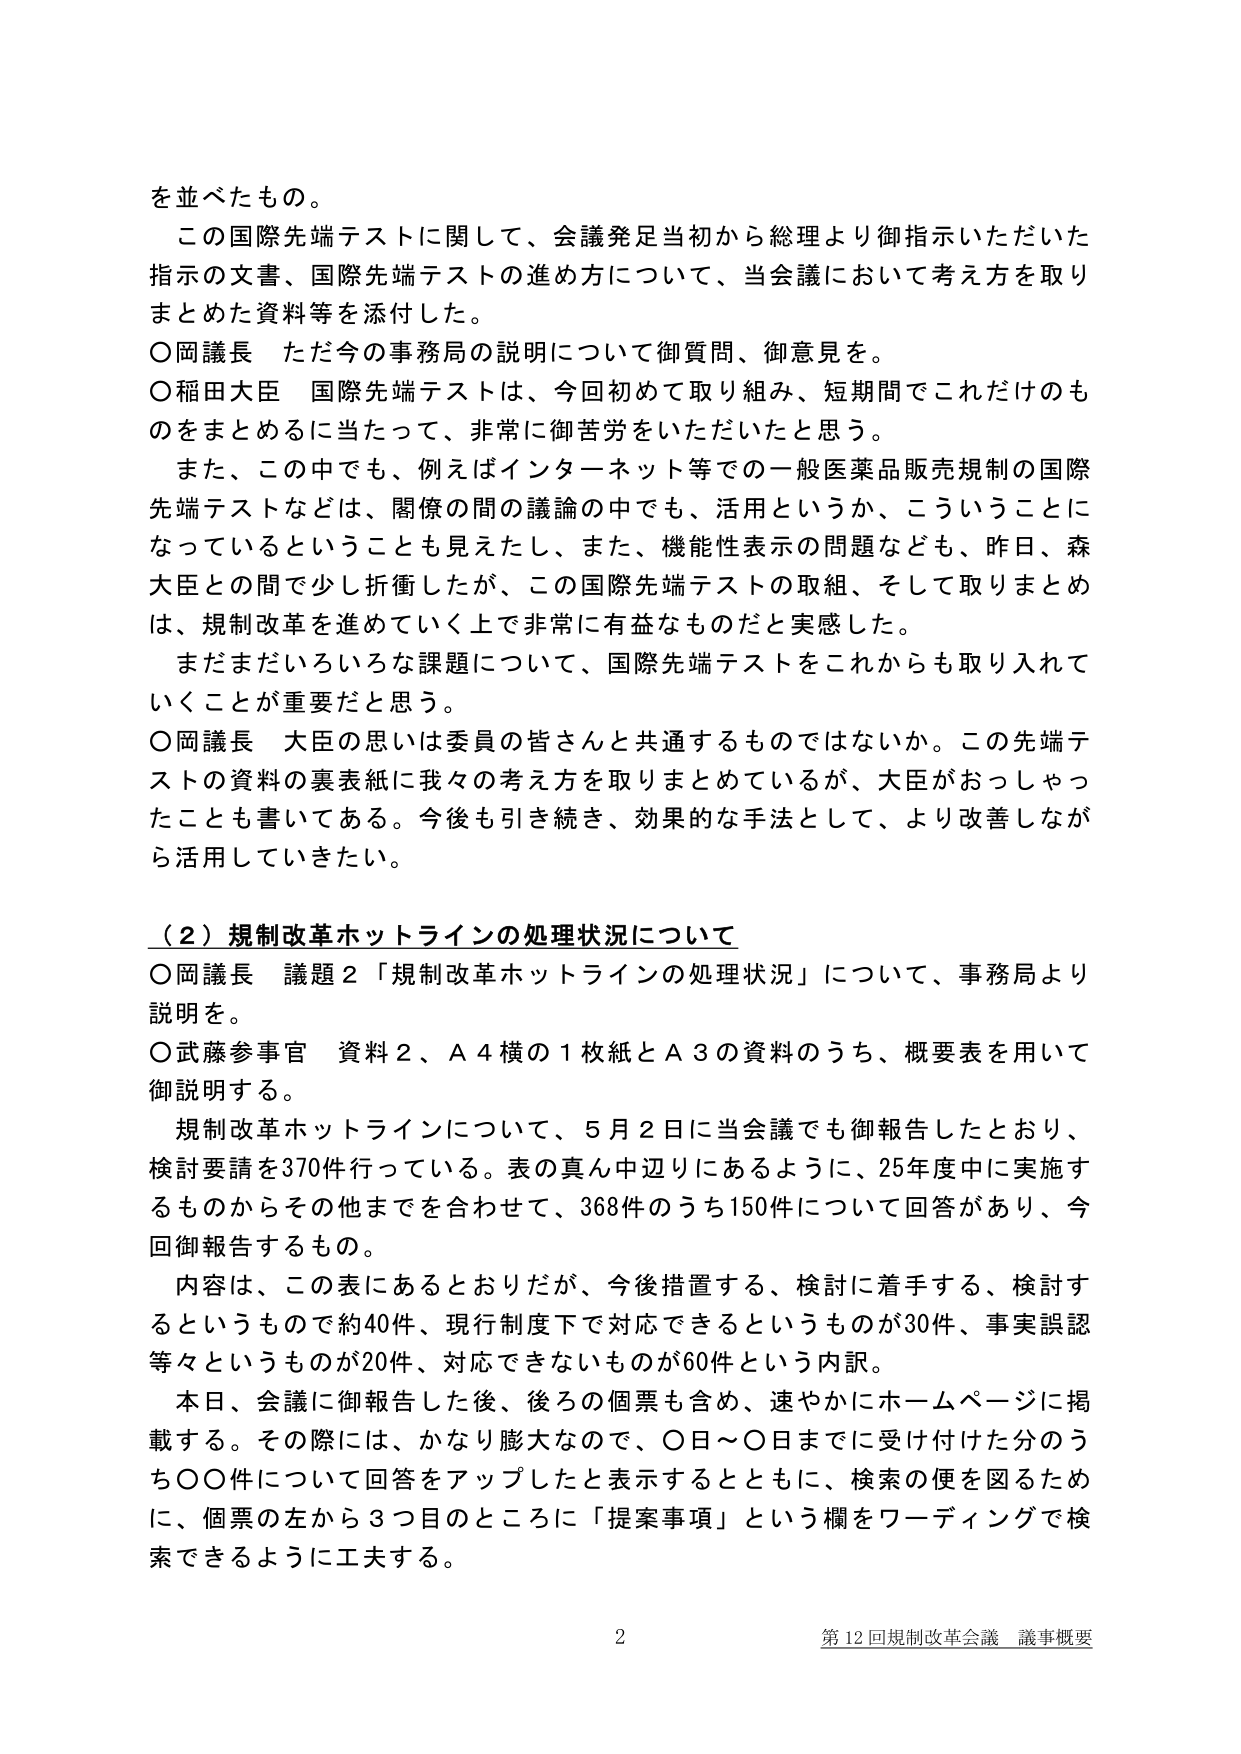
を並べたもの。

この国際先端テストに関して、会議発足当初から総理より御指示いただいた指示の文書、国際先端テストの進め方について、当会議において考え方を取りまとめた資料等を添付した。

○岡議長 ただ今の事務局の説明について御質問、御意見を。

○稲田大臣 国際先端テストは、今回初めて取り組み、短期間でこれだけのものをまとめるに当たって、非常に御苦労をいただいたと思う。

また、この中でも、例えばインターネット等での一般医薬品販売規制の国際先端テストなどは、閣僚の間の議論の中でも、活用というか、こういうことになっているということも見えたし、また、機能性表示の問題なども、昨日、森大臣との間で少し折衝したが、この国際先端テストの取組、そして取りまとめは、規制改革を進めていく上で非常に有益なものだと実感した。

まだまだいろいろな課題について、国際先端テストをこれからも取り入れていくことが重要だと思う。

○岡議長 大臣の思いは委員の皆さんと共通するものではないか。この先端テストの資料の裏表紙に我々の考え方を取りまとめているが、大臣がおっしゃったことも書いてある。今後も引き続き、効果的な手法として、より改善しながら活用していきたい。

（２）規制改革ホットラインの処理状況について

○岡議長 議題２「規制改革ホットラインの処理状況」について、事務局より説明を。

○武藤参事官 資料２、Ａ４横の１枚紙とＡ３の資料のうち、概要表を用いて御説明する。

規制改革ホットラインについて、５月２日に当会議でも御報告しており、検討要請を370件行っている。表の真ん中辺りにあるように、25年度中に実施するものからその他までを合わせて、368件のうち150件について回答があり、今回御報告するもの。

内容は、この表にあるとおりだが、今後措置する、検討に着手する、検討するというもので約40件、現行制度下で対応できるというもののが30件、事実誤認等々というもののが20件、対応できないものが60件という内訳。

本日、会議に御報告した後、後ろの個票も含め、速やかにホームページに掲載する。その際には、かなり膨大なので、○日～○日までに受け付けた分のうち○○件について回答をアップしたと表示するとともに、検索の便を図るために、個票の左から３つ目のところに「提案事項」という欄をワーディングで検索できるように工夫する。

2
第12回規制改革会議 議事概要